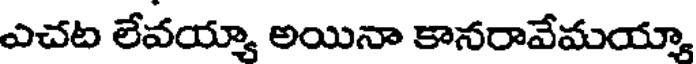
ఎచట లేవయ్యా అయినా కానరావేమయ్యా